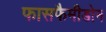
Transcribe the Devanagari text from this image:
फासफैमीडोन